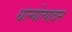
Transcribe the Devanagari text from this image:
धान्योत्पादन